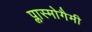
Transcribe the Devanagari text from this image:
प्लास्मोगैमी